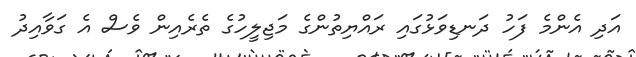
އަދި އެންމެ ފަހު ދަނޑިވަޅުގައި ރައްޔިތުންގެ މަޖިލީހުގެ ތެރެއިން ވެސް އެ ގަވާއިދު